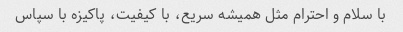
با سلام و احترام مثل همیشه سریع، با کیفیت، پاکیزه با سپاس